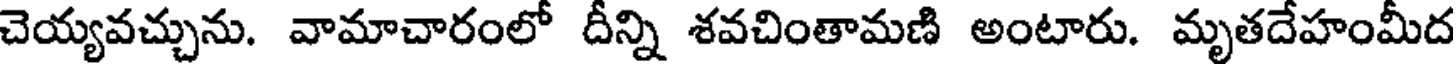
చెయ్యవచ్చును. వామాచారంలో దీన్ని శవచింతామణి అంటారు. మృతదేహంమీద